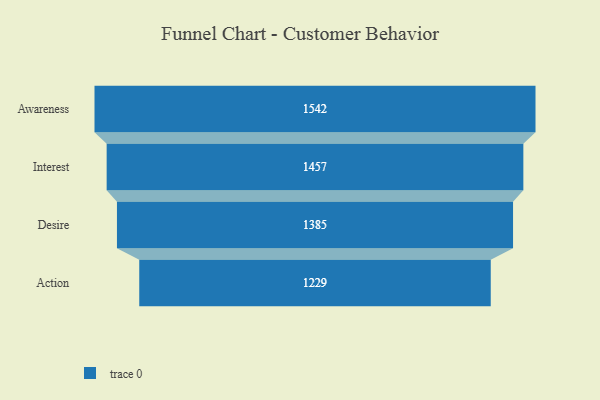
{"axis": {"x": "Stage", "y": "Value"}, "legend": [""], "data": [{"x": "Awareness", "y": 1542.0, "type": ""}, {"x": "Interest", "y": 1457.0, "type": ""}, {"x": "Desire", "y": 1385.0, "type": ""}, {"x": "Action", "y": 1229.0, "type": ""}]}